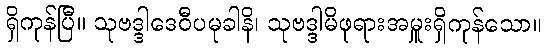
ရှိကုန်ပြီ။ သုဗဒ္ဒါဒေဝီပမုခါနိ၊ သုဗဒ္ဒါမိဖုရားအမှူးရှိကုန်သော။